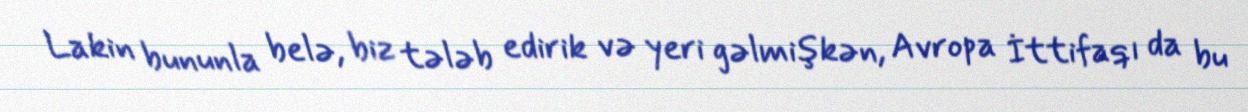
Lakin bununla belə, biz tələb edirik və yeri gəlmişkən, Avropa İttifaqı da bu